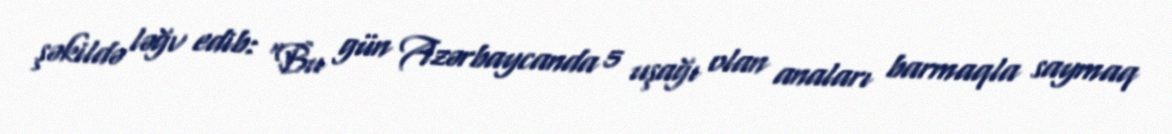
şəkildə ləğv edib: “Bu gün Azərbaycanda 5 uşağı olan anaları barmaqla saymaq